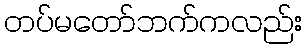
တပ်မတော်ဘက်ကလည်း